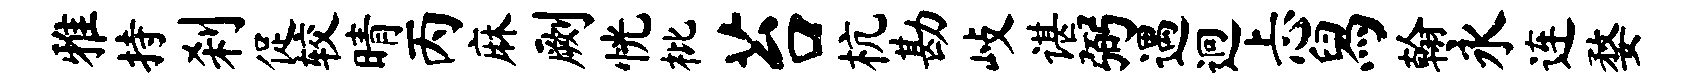
雅持刹促较晴丙麻劂恍枇苔杭勘歧谌弼遇迥忐舄翰永连婺